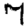
Digit: 7